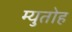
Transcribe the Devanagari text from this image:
म्युतोह